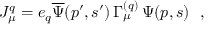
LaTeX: J _ { \mu } ^ { q } = e _ { q } { \overline { { \Psi } } } ( p ^ { \prime } , s ^ { \prime } ) \, \Gamma _ { \mu } ^ { ( q ) } \, \Psi ( p , s ) \ \ ,